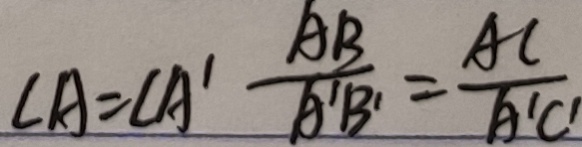
\angle A = \angle A ^ { \prime } \frac { A B } { A ^ { \prime } B ^ { \prime } } = \frac { A C } { A ^ { \prime } C ^ { \prime } }